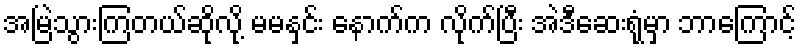
အမြဲသွားကြတယ်ဆိုလို့ မမနှင်း နောက်က လိုက်ပြီး အဲဒီဆေးရုံမှာ ဘာကြောင့်